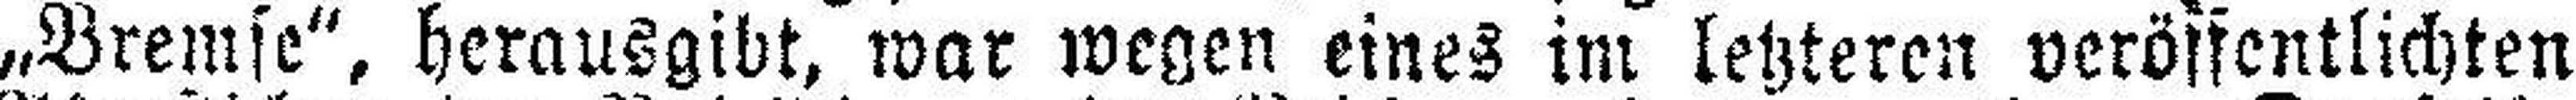
„Bremse“, herausgibt, war wegen eines im letzteren veröffentlichten